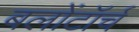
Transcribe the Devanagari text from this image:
बलोंटॉर्च